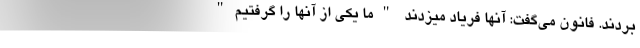
بردند. فانون می‌گفت: آنها فریاد میزدند "ما یکی از آنها را گرفتیم"